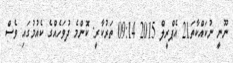
ނޫނީ ނުކައްކާތަ21 އެޕްރީލް 2015 09:14 ތަރުކާރީ: ކޮންމެ ދުވަހެއްގެ ކެއުމުގައި ވެސް